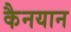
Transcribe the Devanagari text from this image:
कैनयान